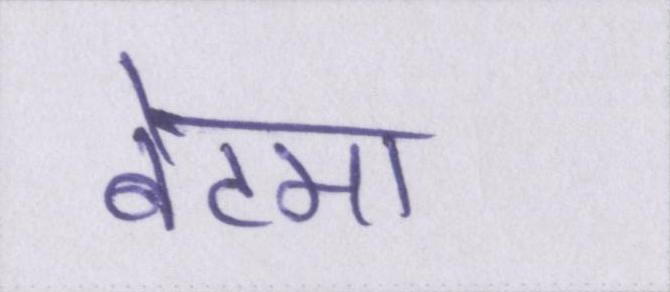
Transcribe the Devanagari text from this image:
बेटमा